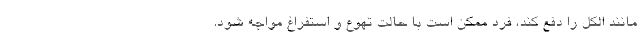
مانند الکل را دفع کند، فرد ممکن است با حالت تهوع و استفراغ مواجه شود.